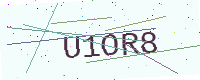
Text: U1OR8